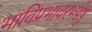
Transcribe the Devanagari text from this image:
भाविप्रभावरभसेषु